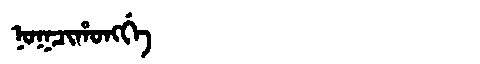
Manchu: ᠨᠣᡴᠴᡳᡥᠣᠩᡤᡝ
Romanization: NOKCIHONGGE